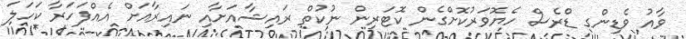
ވާއު ވެޑިންގ ޑްރެސް ހެޔޮވަރުކޮށްގެން ކޮޓަރިން ނުކުތް ރައިޝާއަށާއި ނައިރާއަށް އެއްފަހަރާ ކަހަލަ